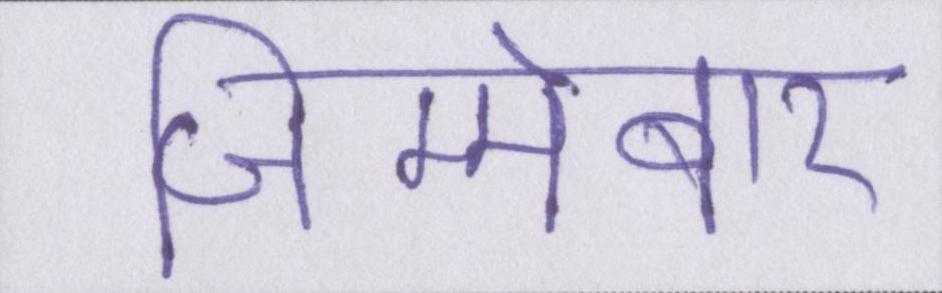
जिम्मेबार